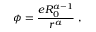
\phi = \frac { e R _ { 0 } ^ { a - 1 } } { r ^ { a } } \ ,